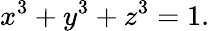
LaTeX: x^{3}+y^{3}+z^{3}=1.